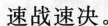
速战速决。